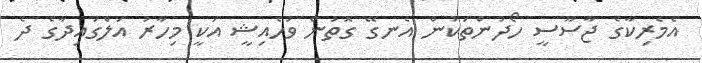
އެމެރިކާގެ ޖާސޫސީ ހޯދުންތަކުން އެނގޭ ގޮތުން ވުހެއިޝީ އަކީ މިހާރު އަލްގައިދާގެ ދެ